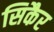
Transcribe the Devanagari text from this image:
सिकैर